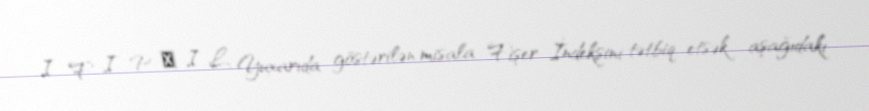
I F I P ⋅ I L Yuxarıda göstərilən misala Fişer İndeksini tətbiq etsək aşağıdakı